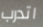
اتدرب